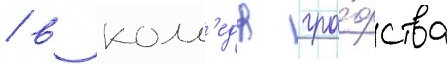
/ в колл'едж гра́фства